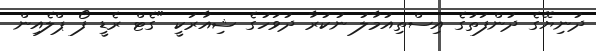
ދުނިޔޭގެ ދުންފަތުގެ އިސްތިއުމާލު ނުކުރާ ދުވަހުގެ ޝިއާރަކީ "ގެޓް ރެޑީ ފޯ ޕްލެއިން